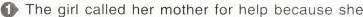
① The girl called her mother for help because she